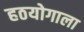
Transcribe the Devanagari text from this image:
हठयोगाला